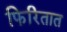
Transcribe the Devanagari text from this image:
फिरितात